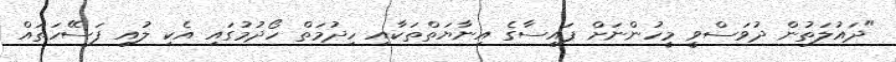
"ދައުލަތުން ދުވަސްވީ މީހުންނަށް ފައިސާގެ އިނާޔަތްތަކާއި ހިދުމަތް ހޯދުމުގައި އެކި ލުއި ފަސޭހަތައް